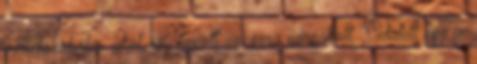
mellékszobába, ahol egy kopott zongora sárgállott. Odatett egy ív